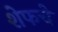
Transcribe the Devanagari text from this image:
शेफचे